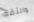
والثقة